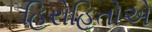
હિરોહિતોએ